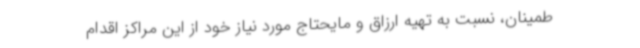
طمینان، نسبت به تهیه ارزاق و مایحتاج مورد نیاز خود از این مراکز اقدام